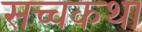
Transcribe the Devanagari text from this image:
सच्चकथा